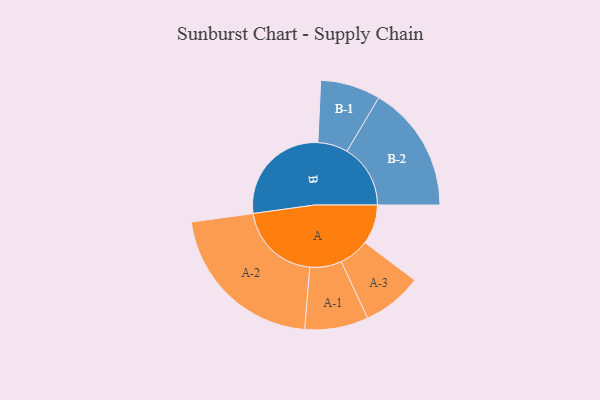
{"axis": {"x": "Segment", "y": "Value"}, "legend": ["", "A", "B"], "data": [{"x": "A", "y": 141, "type": ""}, {"x": "B", "y": 383, "type": ""}, {"x": "A-1", "y": 113, "type": "A"}, {"x": "A-2", "y": 295, "type": "A"}, {"x": "A-3", "y": 107, "type": "A"}, {"x": "B-1", "y": 107, "type": "B"}, {"x": "B-2", "y": 226, "type": "B"}]}